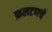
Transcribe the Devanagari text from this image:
फ़लटणचे